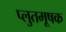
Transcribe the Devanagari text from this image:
प्लुतमूषक